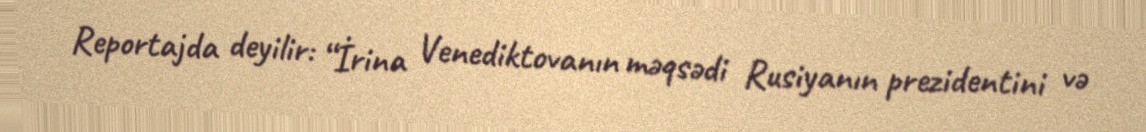
Reportajda deyilir: “İrina Venediktovanın məqsədi Rusiyanın prezidentini və